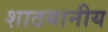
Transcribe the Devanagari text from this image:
शाठयानीय